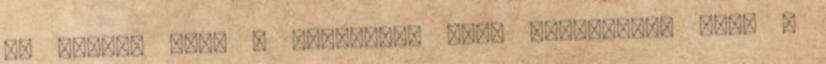
És elment tőle a napokban, nagy sietséggel ment a